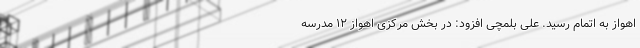
اهواز به اتمام رسید. علی بلمچی افزود: در بخش مرکزی اهواز ۱۲ مدرسه